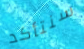
سنتأكد